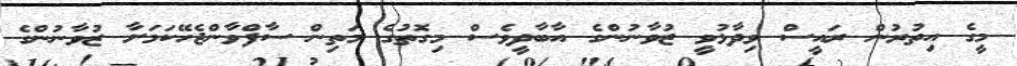
މީގެ އިތުރުން ރައީސް ވިދާޅުވީ ޒުވާނުންގެ އާބާދީވެސް މިގޮތުގެ މަތިން ސާފްވާންޖެހޭކަމަށާ ޒުވާނުންގެ